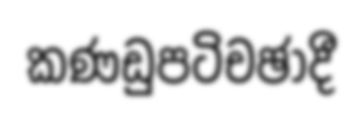
කණඩුපටිචඡාදී